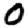
Digit: 0